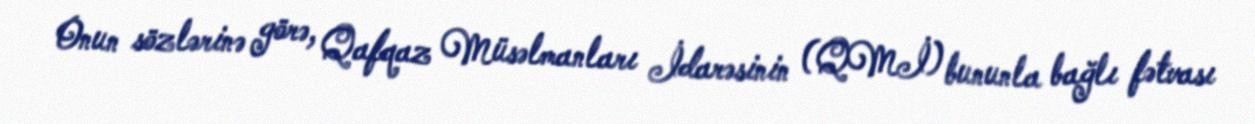
Onun sözlərinə görə, Qafqaz Müsəlmanları İdarəsinin (QMİ) bununla bağlı fətvası